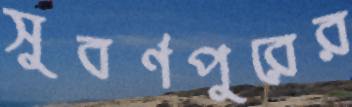
সুবর্ণপুরের